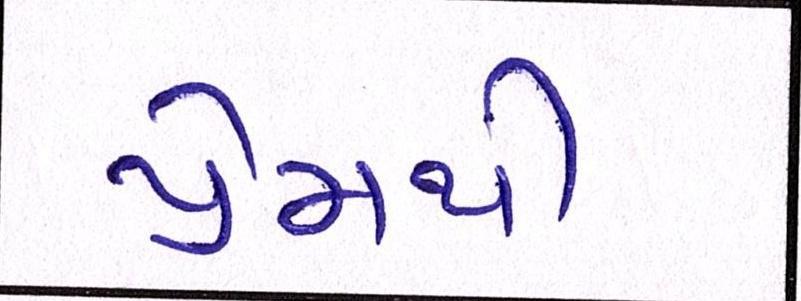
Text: પ્રેમથી